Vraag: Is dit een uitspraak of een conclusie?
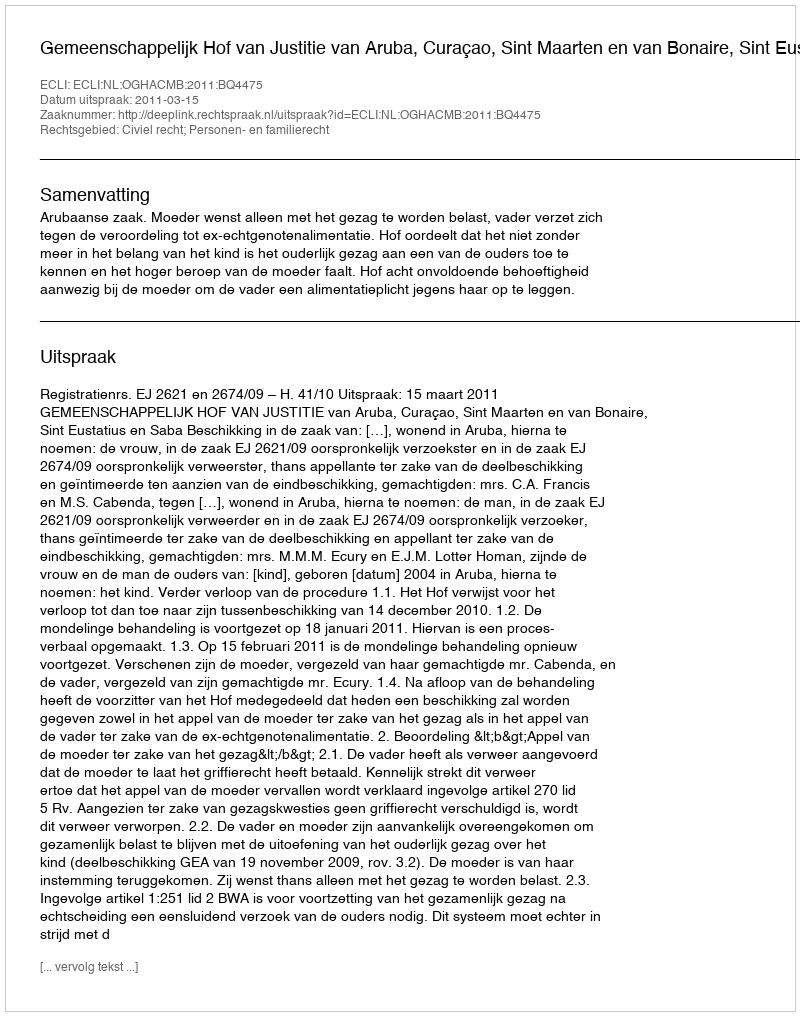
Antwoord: Uitspraak